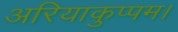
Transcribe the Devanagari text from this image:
अरियाकुप्पम।